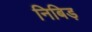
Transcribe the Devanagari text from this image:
निबिड़